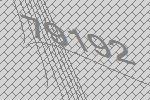
79192